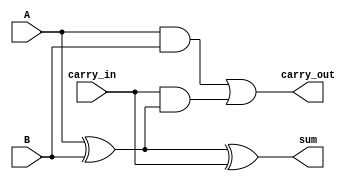
module full_adder(
    input A,
    input B,
    input carry_in,
    output reg sum,
    output reg carry_out
);

    always @ (A or B or carry_in) begin
        sum = A ^ B ^ carry_in;
        carry_out = (A & B) | (carry_in & (A ^ B));
    end

endmodule